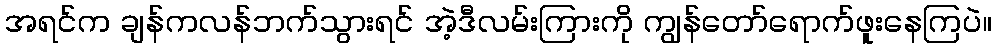
အရင်က ချန်ကလန်ဘက်သွားရင် အဲ့ဒီလမ်းကြားကို ကျွန်တော်ရောက်ဖူးနေကြပဲ။